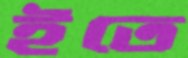
ইতে